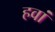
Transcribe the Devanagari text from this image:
हवां